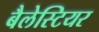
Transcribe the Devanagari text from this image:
बैलेस्टियर